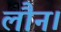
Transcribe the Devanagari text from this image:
लौन।